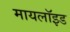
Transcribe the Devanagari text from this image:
मायलॉइड